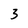
Character: 3